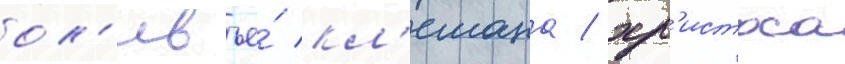
ол'ивье́ кл'емана / хр'истоса